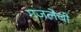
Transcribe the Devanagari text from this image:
गजलेची